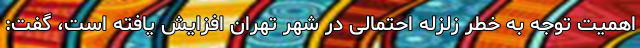
اهمیت توجه به خطر زلزله احتمالی در شهر تهران افزایش یافته است، گفت: